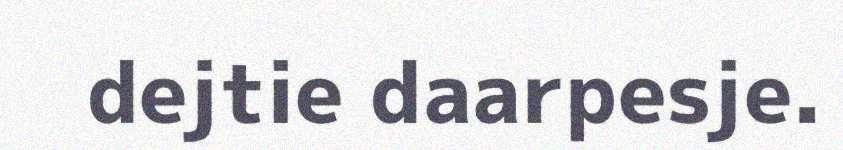
dejtie daarpesje.